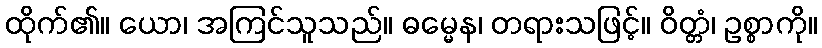
ထိုက်၏။ ယော၊ အကြင်သူသည်။ ဓမ္မေန၊ တရားသဖြင့်။ ဝိတ္တံ၊ ဥစ္စာကို။